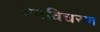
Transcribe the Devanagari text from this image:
वनविचरण